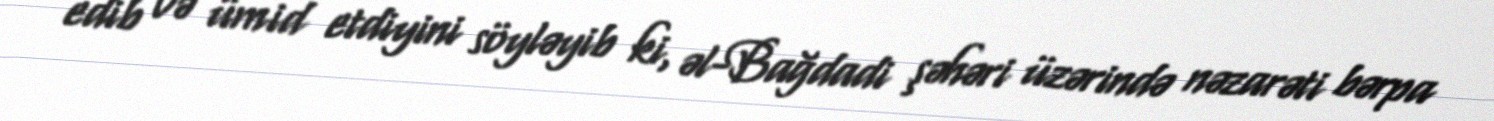
edib və ümid etdiyini söyləyib ki, əl-Bağdadi şəhəri üzərində nəzarəti bərpa